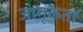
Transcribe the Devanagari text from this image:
जागृकता